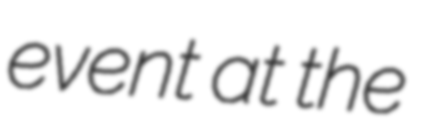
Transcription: event at the